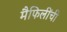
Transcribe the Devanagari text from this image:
मैफिलींची